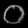
Digit: ၀